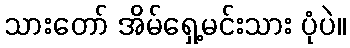
သားတော် အိမ်ရှေ့မင်းသား ပုံပဲ။